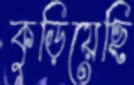
কুড়িয়েছি